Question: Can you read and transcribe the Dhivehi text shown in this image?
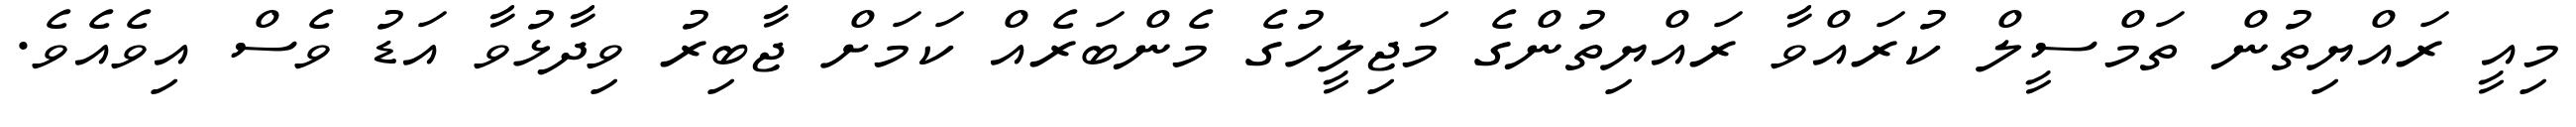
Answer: މިއީ ރައްޔިތުން ތަމްސީލް ކުރައްވާ ރައްޔިތުންގެ މަޖިލީހުގެ މެންބަރެއް ކަމަށް ޖާބިރު ވިދާޅުވާ އަޑު ވެސް އިވެއެވެ.